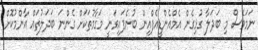
ނަމަވެސް މި ބަދަލާ ގުޅިގެން އެމްއެންޑީއެފްއިން ބުނެފައިވަނީ މަގާމުތަކަށް ގެންނަ ބަދަލުތައް އާންމުކޮށް